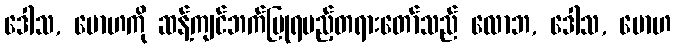
ဒေါသ, မောဟကို ဆန့်ကျင်ဘက်ပြုရမည့်တရားတော်သည် လောဘ, ဒေါသ, မောဟ